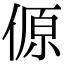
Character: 傆